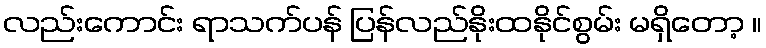
လည်းကောင်း ရာသက်ပန် ပြန်လည်နိုးထနိုင်စွမ်း မရှိတော့ ။